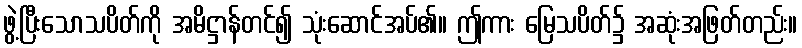
ဖွဲ့ပြီးသောသပိတ်ကို အမိဋ္ဌာန်တင်၍ သုံးဆောင်အပ်၏။ ဤကား မြေသပိတ်၌ အဆုံးအဖြတ်တည်း။